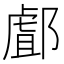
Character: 䣜